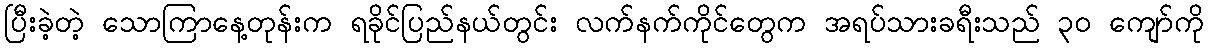
ပြီးခဲ့တဲ့ သောကြာနေ့တုန်းက ရခိုင်ပြည်နယ်တွင်း လက်နက်ကိုင်တွေက အရပ်သားခရီးသည် ၃၀ ကျော်ကို